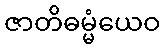
ဇာတိဓမ္မံယေဝ